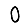
Digit: 0